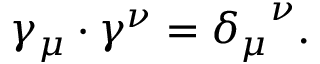
\gamma _ { \mu } \cdot \gamma ^ { \nu } = { \delta _ { \mu } } ^ { \nu } .